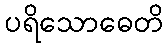
ပရိသောဓေတိ